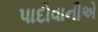
પાદોવાનીએ